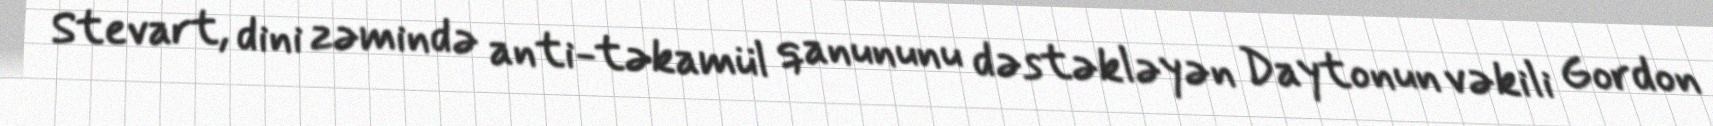
Stevart, dini zəmində anti-təkamül qanununu dəstəkləyən Daytonun vəkili Gordon